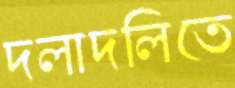
দলাদলিতে